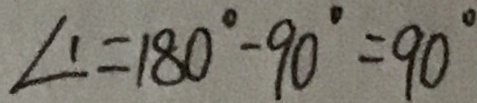
\angle 1 = 1 8 0 ^ { \circ } - 9 0 ^ { \circ } = 9 0 ^ { \circ }